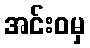
အင်းဝမှ